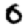
Digit: 0